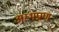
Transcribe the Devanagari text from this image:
अम्भप्राण